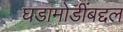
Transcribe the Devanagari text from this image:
घडामोडींबद्दल